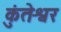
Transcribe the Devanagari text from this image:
कुंतेश्वर